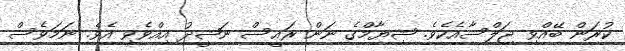
ކުރަން ބޭއްވި ޖަލްސާއެކެވެ. ޝިޔާމްގެ ނަން ރައީސް ނަޝީދު އިއްވެވި އެވެ. ނަމަވެސް